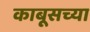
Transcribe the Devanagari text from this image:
काबूसच्या